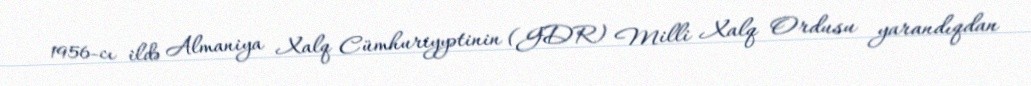
1956-cı ildə Almaniya Xalq Cümhuriyyətinin (GDR) Milli Xalq Ordusu yarandıqdan